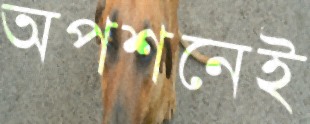
অপশনেই